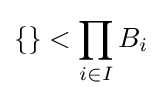
\{\}<\prod _{i\in I}B_{i}